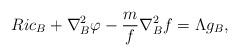
LaTeX: \begin{align*}R i c_{B}+\nabla_{B}^{2} \varphi-\frac{m}{f} \nabla_{B}^{2} f=\Lambda g_{B},\end{align*}